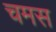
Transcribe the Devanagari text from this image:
चमस